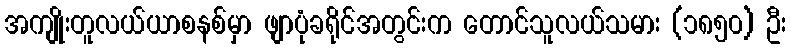
အကျိုးတူလယ်ယာစနစ်မှာ ဖျာပုံခရိုင်အတွင်းက တောင်သူလယ်သမား (၁၈၅၀) ဦး